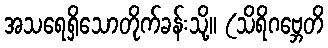
အသရေရှိသောတိုက်ခန်းသို့။ (သိရိဂဗ္ဘေတိ